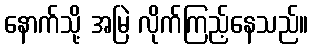
နောက်သို့ အမြဲ လိုက်ကြည့်နေသည်။